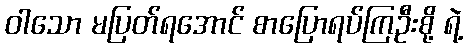
ဝါသော မပြတ်ရအောင် စာပြောရပ်ကြဦးစို့ ရဲ့